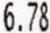
6.78